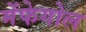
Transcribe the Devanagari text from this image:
मेंफेगोल